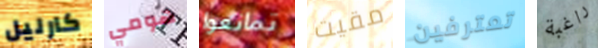
كارليل هومي تمانعوا مقيت تعترفين راغبة